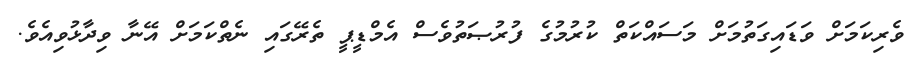
ވެރިކަމަށް ވަޑައިގަތުމަށް މަސައްކަތް ކުރުމުގެ ފުރުޞަތުވެސް އެމްޑީޕީ ތެރޭގައި ނެތްކަމަށް އޭނާ ވިދާޅުވިއެވެ.